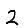
Digit: 2